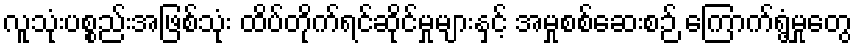
လူသုံးပစ္စည်းအဖြစ်သုံး ထိပ်တိုက်ရင်ဆိုင်မှုများနှင့် အမှုစစ်ဆေးစဉ် ကြောက်ရွံ့မှုတွေ